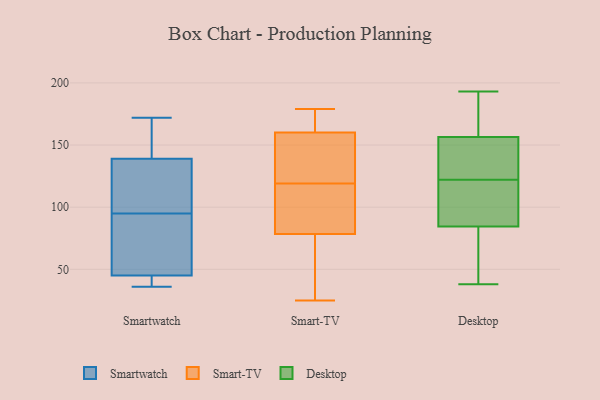
{"axis": {"x": "Page Views", "y": "Value"}, "legend": ["Desktop", "Smart-TV", "Smartwatch"], "data": [{"x": "", "y": 107, "type": "Smartwatch"}, {"x": "", "y": 66, "type": "Smartwatch"}, {"x": "", "y": 45, "type": "Smartwatch"}, {"x": "", "y": 139, "type": "Smartwatch"}, {"x": "", "y": 43, "type": "Smartwatch"}, {"x": "", "y": 123, "type": "Smartwatch"}, {"x": "", "y": 36, "type": "Smartwatch"}, {"x": "", "y": 83, "type": "Smartwatch"}, {"x": "", "y": 172, "type": "Smartwatch"}, {"x": "", "y": 171, "type": "Smartwatch"}, {"x": "", "y": 76, "type": "Smart-TV"}, {"x": "", "y": 102, "type": "Smart-TV"}, {"x": "", "y": 86, "type": "Smart-TV"}, {"x": "", "y": 38, "type": "Smart-TV"}, {"x": "", "y": 154, "type": "Smart-TV"}, {"x": "", "y": 149, "type": "Smart-TV"}, {"x": "", "y": 179, "type": "Smart-TV"}, {"x": "", "y": 119, "type": "Smart-TV"}, {"x": "", "y": 25, "type": "Smart-TV"}, {"x": "", "y": 177, "type": "Smart-TV"}, {"x": "", "y": 162, "type": "Smart-TV"}, {"x": "", "y": 86, "type": "Smart-TV"}, {"x": "", "y": 55, "type": "Smart-TV"}, {"x": "", "y": 154, "type": "Smart-TV"}, {"x": "", "y": 170, "type": "Smart-TV"}, {"x": "", "y": 158, "type": "Desktop"}, {"x": "", "y": 85, "type": "Desktop"}, {"x": "", "y": 155, "type": "Desktop"}, {"x": "", "y": 84, "type": "Desktop"}, {"x": "", "y": 115, "type": "Desktop"}, {"x": "", "y": 38, "type": "Desktop"}, {"x": "", "y": 122, "type": "Desktop"}, {"x": "", "y": 81, "type": "Desktop"}, {"x": "", "y": 122, "type": "Desktop"}, {"x": "", "y": 193, "type": "Desktop"}, {"x": "", "y": 138, "type": "Desktop"}, {"x": "", "y": 192, "type": "Desktop"}]}